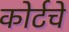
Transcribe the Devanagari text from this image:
कोर्टचे